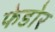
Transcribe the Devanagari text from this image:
फेडोर